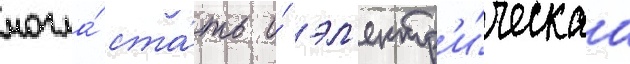
могла́ ста́ть и́ эл'ектр'и́ческаа